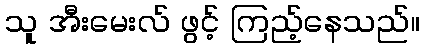
သူ အီးမေးလ် ဖွင့် ကြည့်နေသည်။